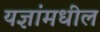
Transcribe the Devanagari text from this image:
यज्ञांमधील